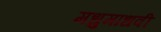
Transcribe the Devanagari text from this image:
मधुमाधवी